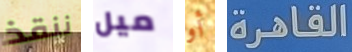
ننقذ ميل أو القاهرة